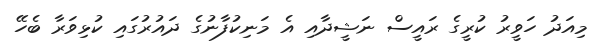
މިއަދު ހަވީރު ކުރީގެ ރައީސް ނަޝީދާއި އެ މަނިކުފާނުގެ ދައުރުގައި ކުޅިވަރާ ބެހޭ